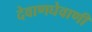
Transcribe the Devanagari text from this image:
देवाणघेवाणी